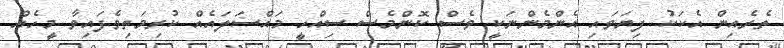
ތެރެއިން އެކަކު ފިޔަވައި އެންމެންނަކީ ވެސް ކޮންމެސް ސިއްހީ މައްސަލައެއް ކުރިމަތިވެފައިވާ މީހެއް